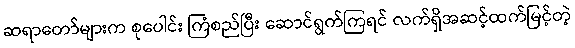
ဆရာတော်များက စုပေါင်း ကြံစည်ပြီး ဆောင်ရွက်ကြရင် လက်ရှိအဆင့်ထက်မြင့်တဲ့